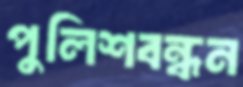
পুলিশবন্ধন